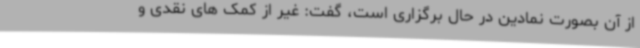
از آن بصورت نمادین در حال برگزاری است، گفت: غیر از کمک های نقدی و